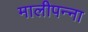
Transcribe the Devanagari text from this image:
मालीपन्‍ना